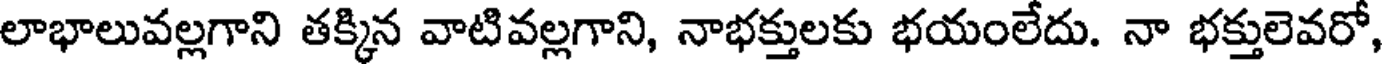
లాభాలువల్లగాని తక్కిన వాటివల్లగాని, నాభక్తులకు భయంలేదు. నా భక్తులెవరో,